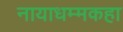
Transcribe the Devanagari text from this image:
नायाधम्मकहा